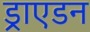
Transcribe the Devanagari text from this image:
ड्राएडन